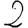
Digit: 2